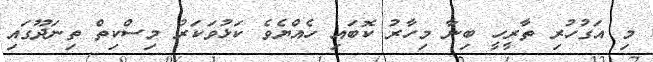
މި އަގުހުރި ތާރީހީ ބިނާ މިހާރު ކޮބައި ހެއްޔެވެ ކަޅުވަކަރު މިސްކިތް ތިނަދޫގައި